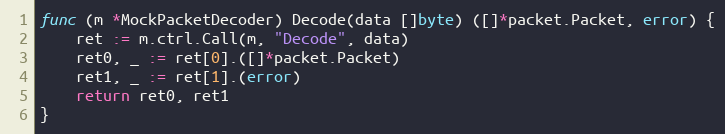
Language: Go
func (m *MockPacketDecoder) Decode(data []byte) ([]*packet.Packet, error) {
	ret := m.ctrl.Call(m, "Decode", data)
	ret0, _ := ret[0].([]*packet.Packet)
	ret1, _ := ret[1].(error)
	return ret0, ret1
}